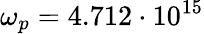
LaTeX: \omega_{p}=4.712\cdot 10^{15}